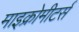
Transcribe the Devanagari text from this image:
माइक्रोमीटर्स